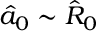
\hat { a } _ { 0 } \sim \hat { R } _ { 0 }